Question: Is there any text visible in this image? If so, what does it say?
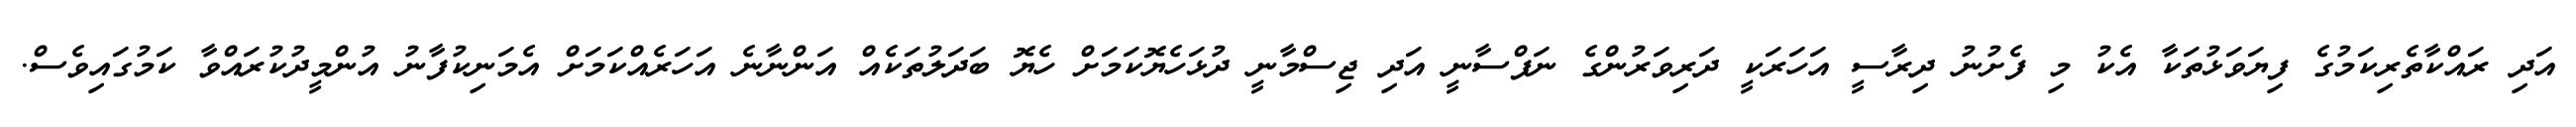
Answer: އަދި ރައްކާތެރިކަމުގެ ފިޔަވަޅުތަކާ އެކު މި ފެށުނު ދިރާސީ އަހަރަކީ ދަރިވަރުންގެ ނަފްސާނީ އަދި ޖިސްމާނީ ދުޅަހެޔޮކަމަށް ހެޔޮ ބަދަލުތަކެއް އަންނާނެ އަހަރެއްކަމަށް އެމަނިކުފާނު އުންމީދުކުރައްވާ ކަމުގައިވެސް.